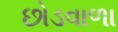
છોડવાળા